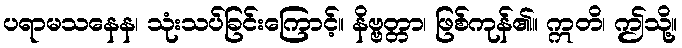
ပရာမသနေန၊ သုံးသပ်ခြင်းကြောင့်။ နိဗ္ဗတ္တာ၊ ဖြစ်ကုန်၏။ ဣတိ၊ ဤသို့။